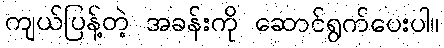
ကျယ်ပြန့်တဲ့ အခန်းကို ဆောင်ရွက်ပေးပါ။